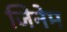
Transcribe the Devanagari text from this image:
जिनेम